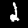
Label: 2